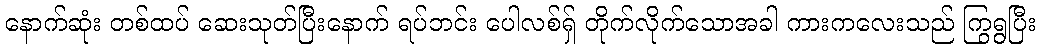
နောက်ဆုံး တစ်ထပ် ဆေးသုတ်ပြီးနောက် ရပ်ဘင်း ပေါလစ်ရှ် တိုက်လိုက်သောအခါ ကားကလေးသည် ကြွရွပြီး